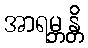
အာရမ္ဘန္တိ